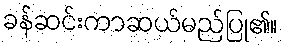
ခန်ဆင်းကာဆယ်မည်ပြု၏။